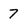
Character: 7